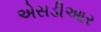
એસડીઆર